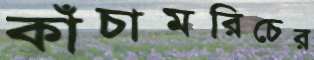
কাঁচামরিচের